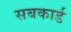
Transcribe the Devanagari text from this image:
सबकार्ड